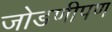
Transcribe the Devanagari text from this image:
जोडणीपण